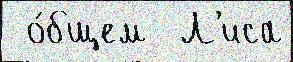
 о́бщем  Л'иса